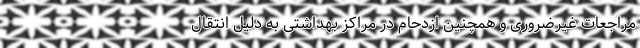
مراجعات غیرضروری و همچنین ازدحام در مراکز بهداشتی به دلیل انتقال